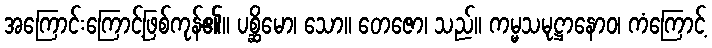
အကြောင်းကြောင့်ဖြစ်ကုန်၏။ ပစ္ဆိမော၊ သော။ တေဇော၊ သည်။ ကမ္မသမုဋ္ဌာနောဝ၊ ကံကြောင့်